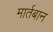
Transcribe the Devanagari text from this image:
मार्तबान